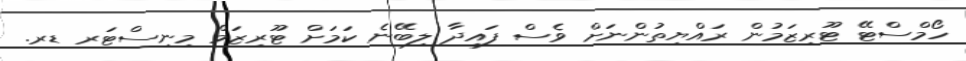
ހޯމްސްޓޭ ޓޫރިޒަމުން ރައްޔިތުންނަށް ވެސް ފައިދާ ލިބޭނެ ކަމަށް ޓޫރިޒަމް މިނިސްޓަރ ޑރ.